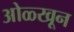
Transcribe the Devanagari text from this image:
ओळ्खून